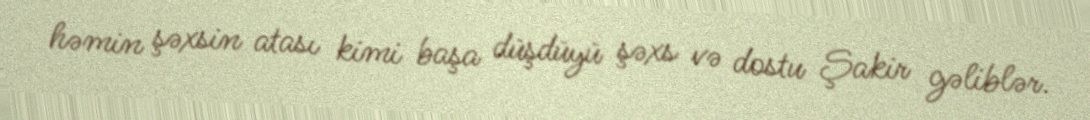
həmin şəxsin atası kimi başa düşdüyü şəxs və dostu Şakir gəliblər.